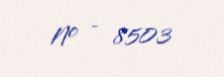
№ - 8503